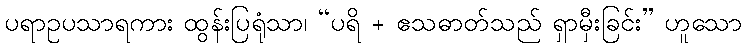
ပရာဥပသာရကား ထွန်းပြရုံသာ၊ “ပရိ + ဧသဓာတ်သည် ရှာမှီးခြင်း” ဟူသော